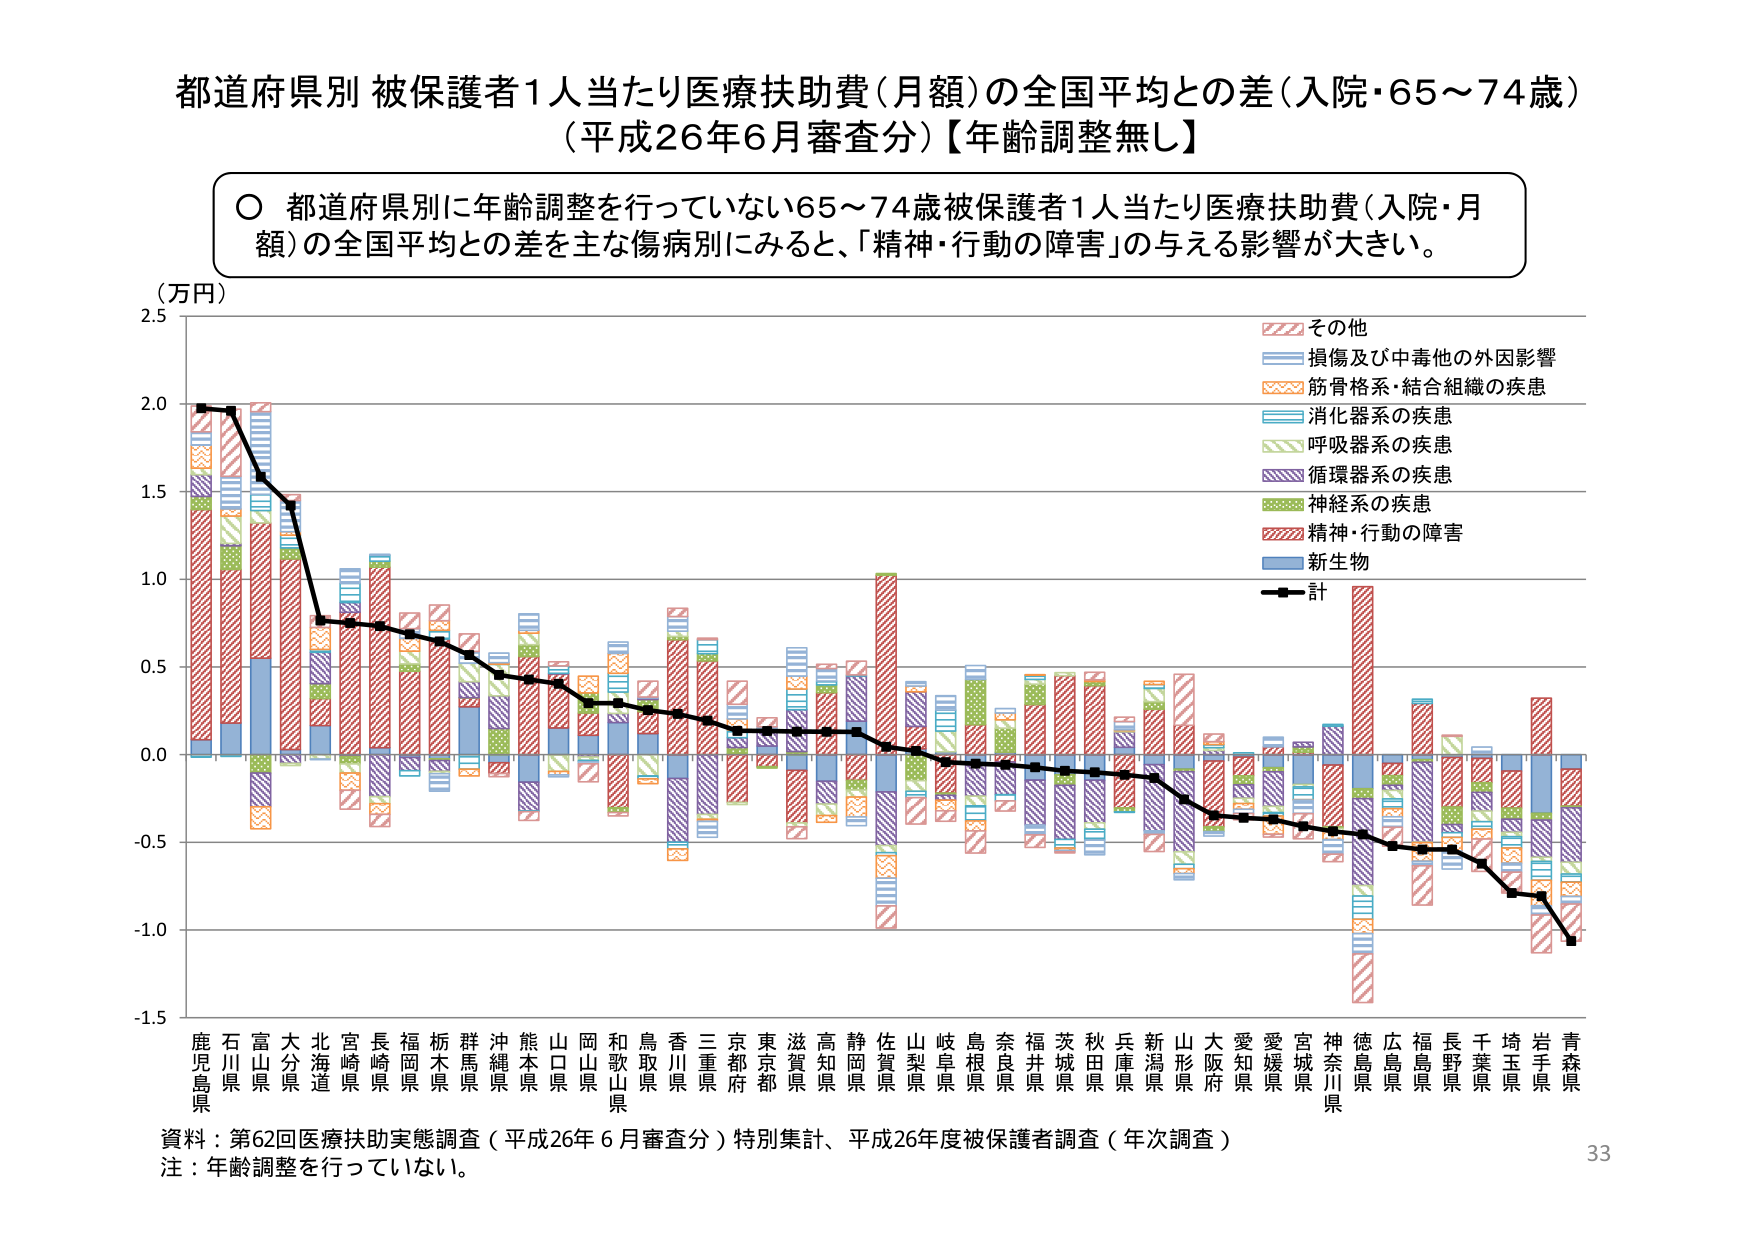
都道府県別 被保護者1人当たり医療扶助費（月額）の全国平均との差（入院・65～74歳）
（平成26年6月審査分）【年齢調整無し】

○ 都道府県別に年齢調整を行っていない65～74歳被保護者1人当たり医療扶助費（入院・月額）の全国平均との差を主な傷病別にみると、「精神・行動の障害」の与える影響が大きい。

（万円）

その他
損傷及び中毒他の外因影響
筋骨格系・結合組織の疾患
消化器系の疾患
呼吸器系の疾患
循環器系の疾患
神経系の疾患
精神・行動の障害
新生物
計

鹿児島県
石川県
富山県
大分県
北海道
宮崎県
長崎県
福岡県
栃木県
群馬県
沖縄県
熊本県
山口県
岡山県
和歌山県
鳥取県
香川県
三重県
京都府
東京都
滋賀県
高知県
静岡県
佐賀県
山梨県
岐阜県
島根県
奈良県
福井県
茨城県
秋田県
兵庫県
新潟県
山形県
大阪府
愛知県
愛媛県
宮城県
神奈川県
徳島県
広島県
福島県
長野県
千葉県
埼玉県
岩手県
青森県

資料：第62回医療扶助実態調査（平成26年6月審査分）特別集計、平成26年度被保護者調査（年次調査）
注：年齢調整を行っていない。
33